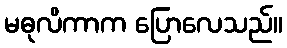
မဓုလိကာက ပြောလေသည်။